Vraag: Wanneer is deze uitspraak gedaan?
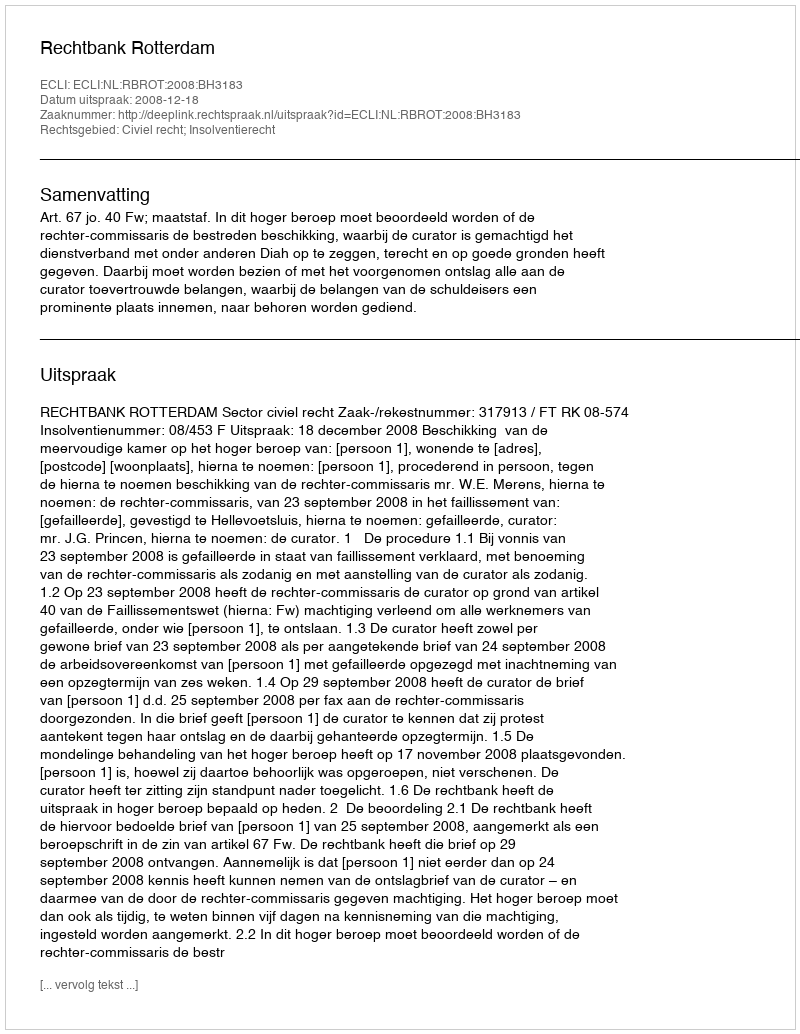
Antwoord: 2008-12-18